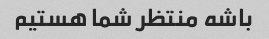
باشه منتظر شما هستیم